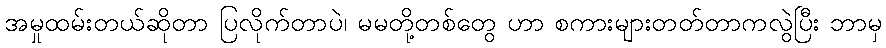
အမှုထမ်းတယ်ဆိုတာ ပြလိုက်တာပဲ၊ မမတို့တစ်တွေ ဟာ စကားများတတ်တာကလွဲပြီး ဘာမှ